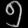
Digit: ၅